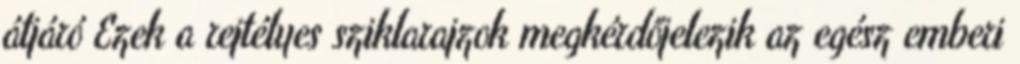
átjáró Ezek a rejtélyes sziklarajzok megkérdőjelezik az egész emberi